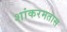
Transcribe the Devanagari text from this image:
शांकरमतास